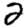
Digit: 2